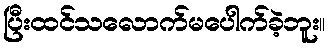
ပြီးထင်သလောက်မပေါက်ခဲ့ဘူး။